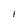
Character: 1